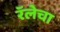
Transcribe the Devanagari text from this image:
रॅलेचा